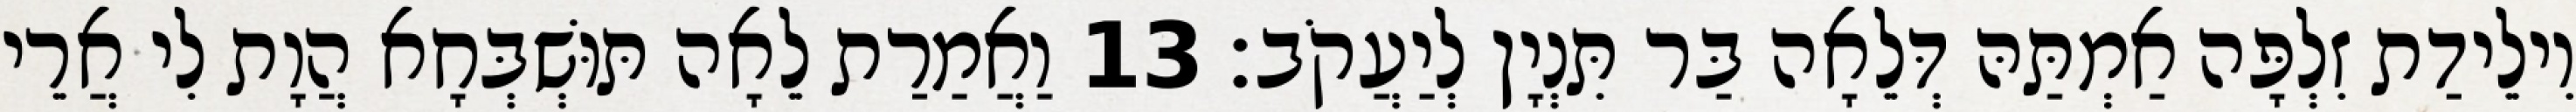
וִילֵידַת זִלְפָּה אַמְתַּהּ דְּלֵאָה בַּר תִּנְיָן לְיַעֲקֹב׃ 13 וַאֲמַרַת לֵאָה תּוּשְׁבְּחָא הֲוָת לִי אֲרֵי